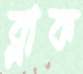
ব্লাক